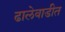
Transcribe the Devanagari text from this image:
ढालेवाडीत